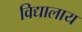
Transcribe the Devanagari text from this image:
विद्यालाय